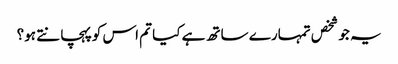
یہ جو شخص تمہارے ساتھ ہے کیا تم اس کوپہچانتے ہو؟